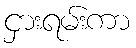
ငှားရမ်းကာ